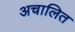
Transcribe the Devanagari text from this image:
अचालित